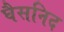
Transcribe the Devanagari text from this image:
घैसनिद